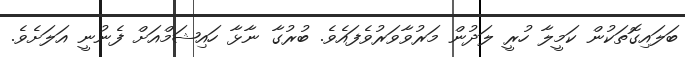
ބަލައިގޮތަކުން ކަމީލާ ހުރީ ލަދުން މަރުވާވަރުވެފައެވެ. ބުރުގާ ނާޅާ ހައިޝަމްއަށް ފެނުނީ އަލަށެވެ.